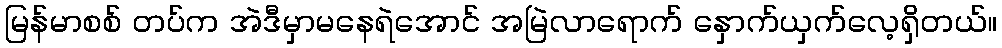
မြန်မာစစ် တပ်က အဲဒီမှာမနေရဲအောင် အမြဲလာရောက် နှောက်ယှက်လေ့ရှိတယ်။